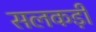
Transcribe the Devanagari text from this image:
सलकड़ी